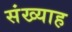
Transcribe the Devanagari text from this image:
संख्याह